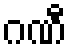
ဂဏီ